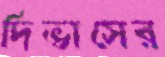
দিভাসের